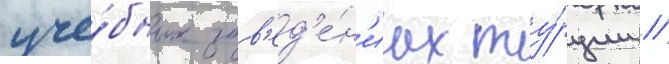
уче́бных зав'ед'е́н'иах ту́рции //